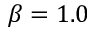
\beta = 1 . 0